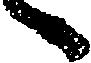
へ